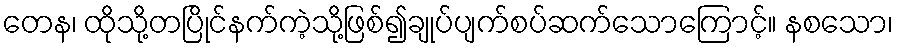
တေန၊ ထိုသို့တပြိုင်နက်ကဲ့သို့ဖြစ်၍ချုပ်ပျက်စပ်ဆက်သောကြောင့်။ နစသော၊